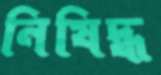
নিষিদ্ধ